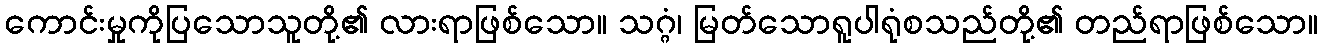
ကောင်းမှုကိုပြသောသူတို့၏ လားရာဖြစ်သော။ သဂ္ဂံ၊ မြတ်သောရူပါရုံစသည်တို့၏ တည်ရာဖြစ်သော။